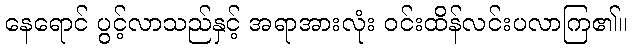
နေရောင် ပွင့်လာသည်နှင့် အရာအားလုံး ဝင်းထိန်လင်းပလာကြ၏။